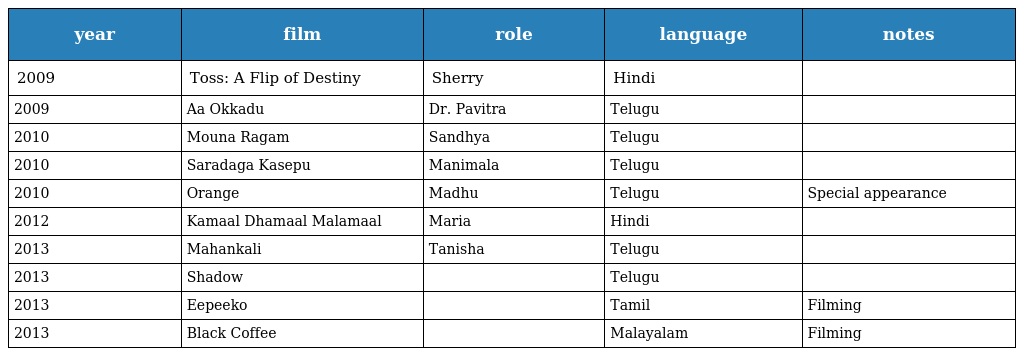
| year | film | role | language | notes |
 | --- | --- | --- | --- | --- |
 | 2009 | Toss: A Flip of Destiny | Sherry | Hindi |  |
 | 2009 | Aa Okkadu | Dr. Pavitra | Telugu |  |
 | 2010 | Mouna Ragam | Sandhya | Telugu |  |
 | 2010 | Saradaga Kasepu | Manimala | Telugu |  |
 | 2010 | Orange | Madhu | Telugu | Special appearance |
 | 2012 | Kamaal Dhamaal Malamaal | Maria | Hindi |  |
 | 2013 | Mahankali | Tanisha | Telugu |  |
 | 2013 | Shadow |  | Telugu |  |
 | 2013 | Eepeeko |  | Tamil | Filming |
 | 2013 | Black Coffee |  | Malayalam | Filming |